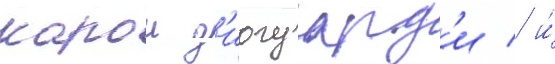
карои д'иогуард'и / и́